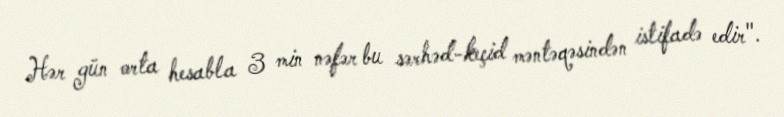
Hər gün orta hesabla 3 min nəfər bu sərhəd-keçid məntəqəsindən istifadə edir".